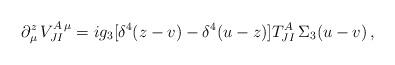
LaTeX: \begin{align*}\partial_\mu^z\,V_{JI}^{A\,\mu}=ig_3[\delta^4(z-v)-\delta^4(u-z)]T^A_{JI}\,\Sigma_3(u-v)\, ,\end{align*}